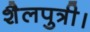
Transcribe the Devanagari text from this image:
शैलपुत्री।